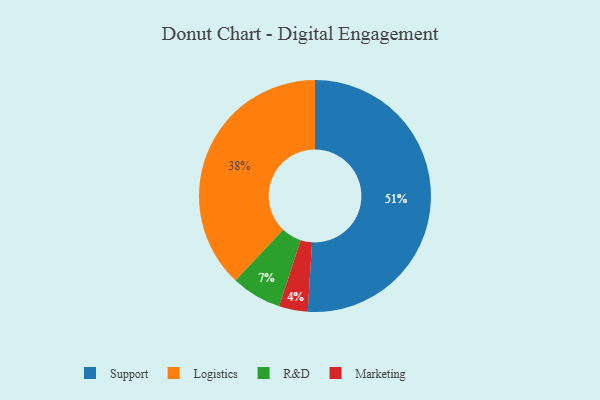
{"axis": {"x": "Category", "y": "Percentage"}, "legend": ["Logistics", "Marketing", "R&D", "Support"], "data": [{"x": "R&D", "y": 7, "type": "R&D"}, {"x": "Marketing", "y": 4, "type": "Marketing"}, {"x": "Support", "y": 51, "type": "Support"}, {"x": "Logistics", "y": 38, "type": "Logistics"}]}